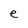
Character: e